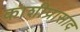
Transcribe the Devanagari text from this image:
काशीप्रासाद